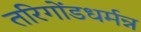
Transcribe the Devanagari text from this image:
तरिगोंडधर्मन्न